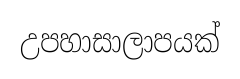
උපහාසාලාපයක්